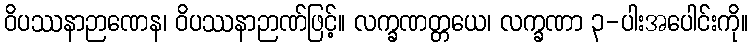
ဝိပဿနာဉာဏေန၊ ဝိပဿနာဉာဏ်ဖြင့်။ လက္ခဏတ္တယေ၊ လက္ခဏာ ၃-ပါးအပေါင်းကို။